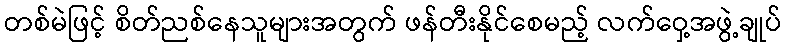
တစ်မဲဖြင့် စိတ်ညစ်နေသူများအတွက် ဖန်တီးနိုင်စေမည့် လက်ဝှေ့အဖွဲ့ချုပ်